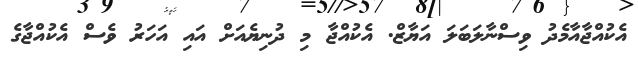
އެކުއްޖާއާމެދު ވިސްނާލަބަލަ އަޔާޒް. އެކުއްޖާ މި ދުނިޔެއަށް އައި އަހަރު ވެސް އެކުއްޖާގެ